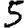
Digit: 5